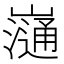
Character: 𡾁